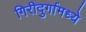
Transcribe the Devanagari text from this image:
गिरीदुर्गामध्ये